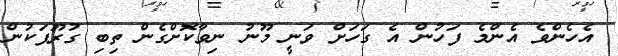
އެހެންވެ އެންމެ ފަހުން އެ ގަހަށް ވަނީ މޫނު ނިވާކޮށްގެން ތިބި ގުރޫޕަކުން